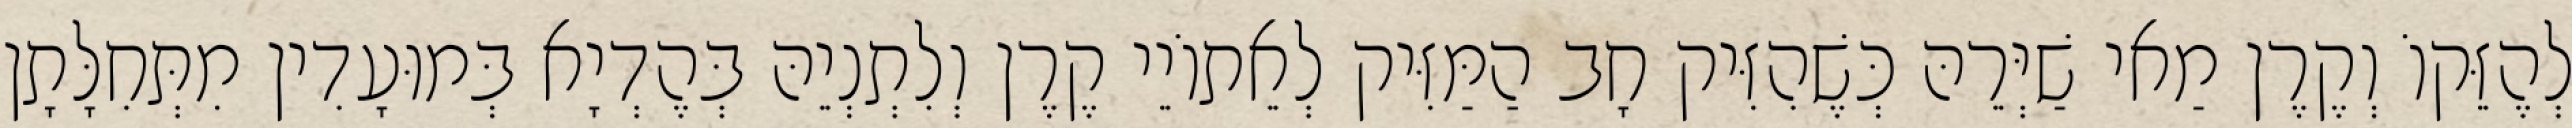
לְהֶזֵּקוֹ וְקֶרֶן מַאי שַׁיְּרֵהּ כְּשֶׁהִזִּיק חָב הַמַּזִּיק לְאֵתוֹיֵי קֶרֶן וְלִתְנְיֵהּ בְּהֶדְיָא בְּמוּעָדִין מִתְּחִלָּתָן